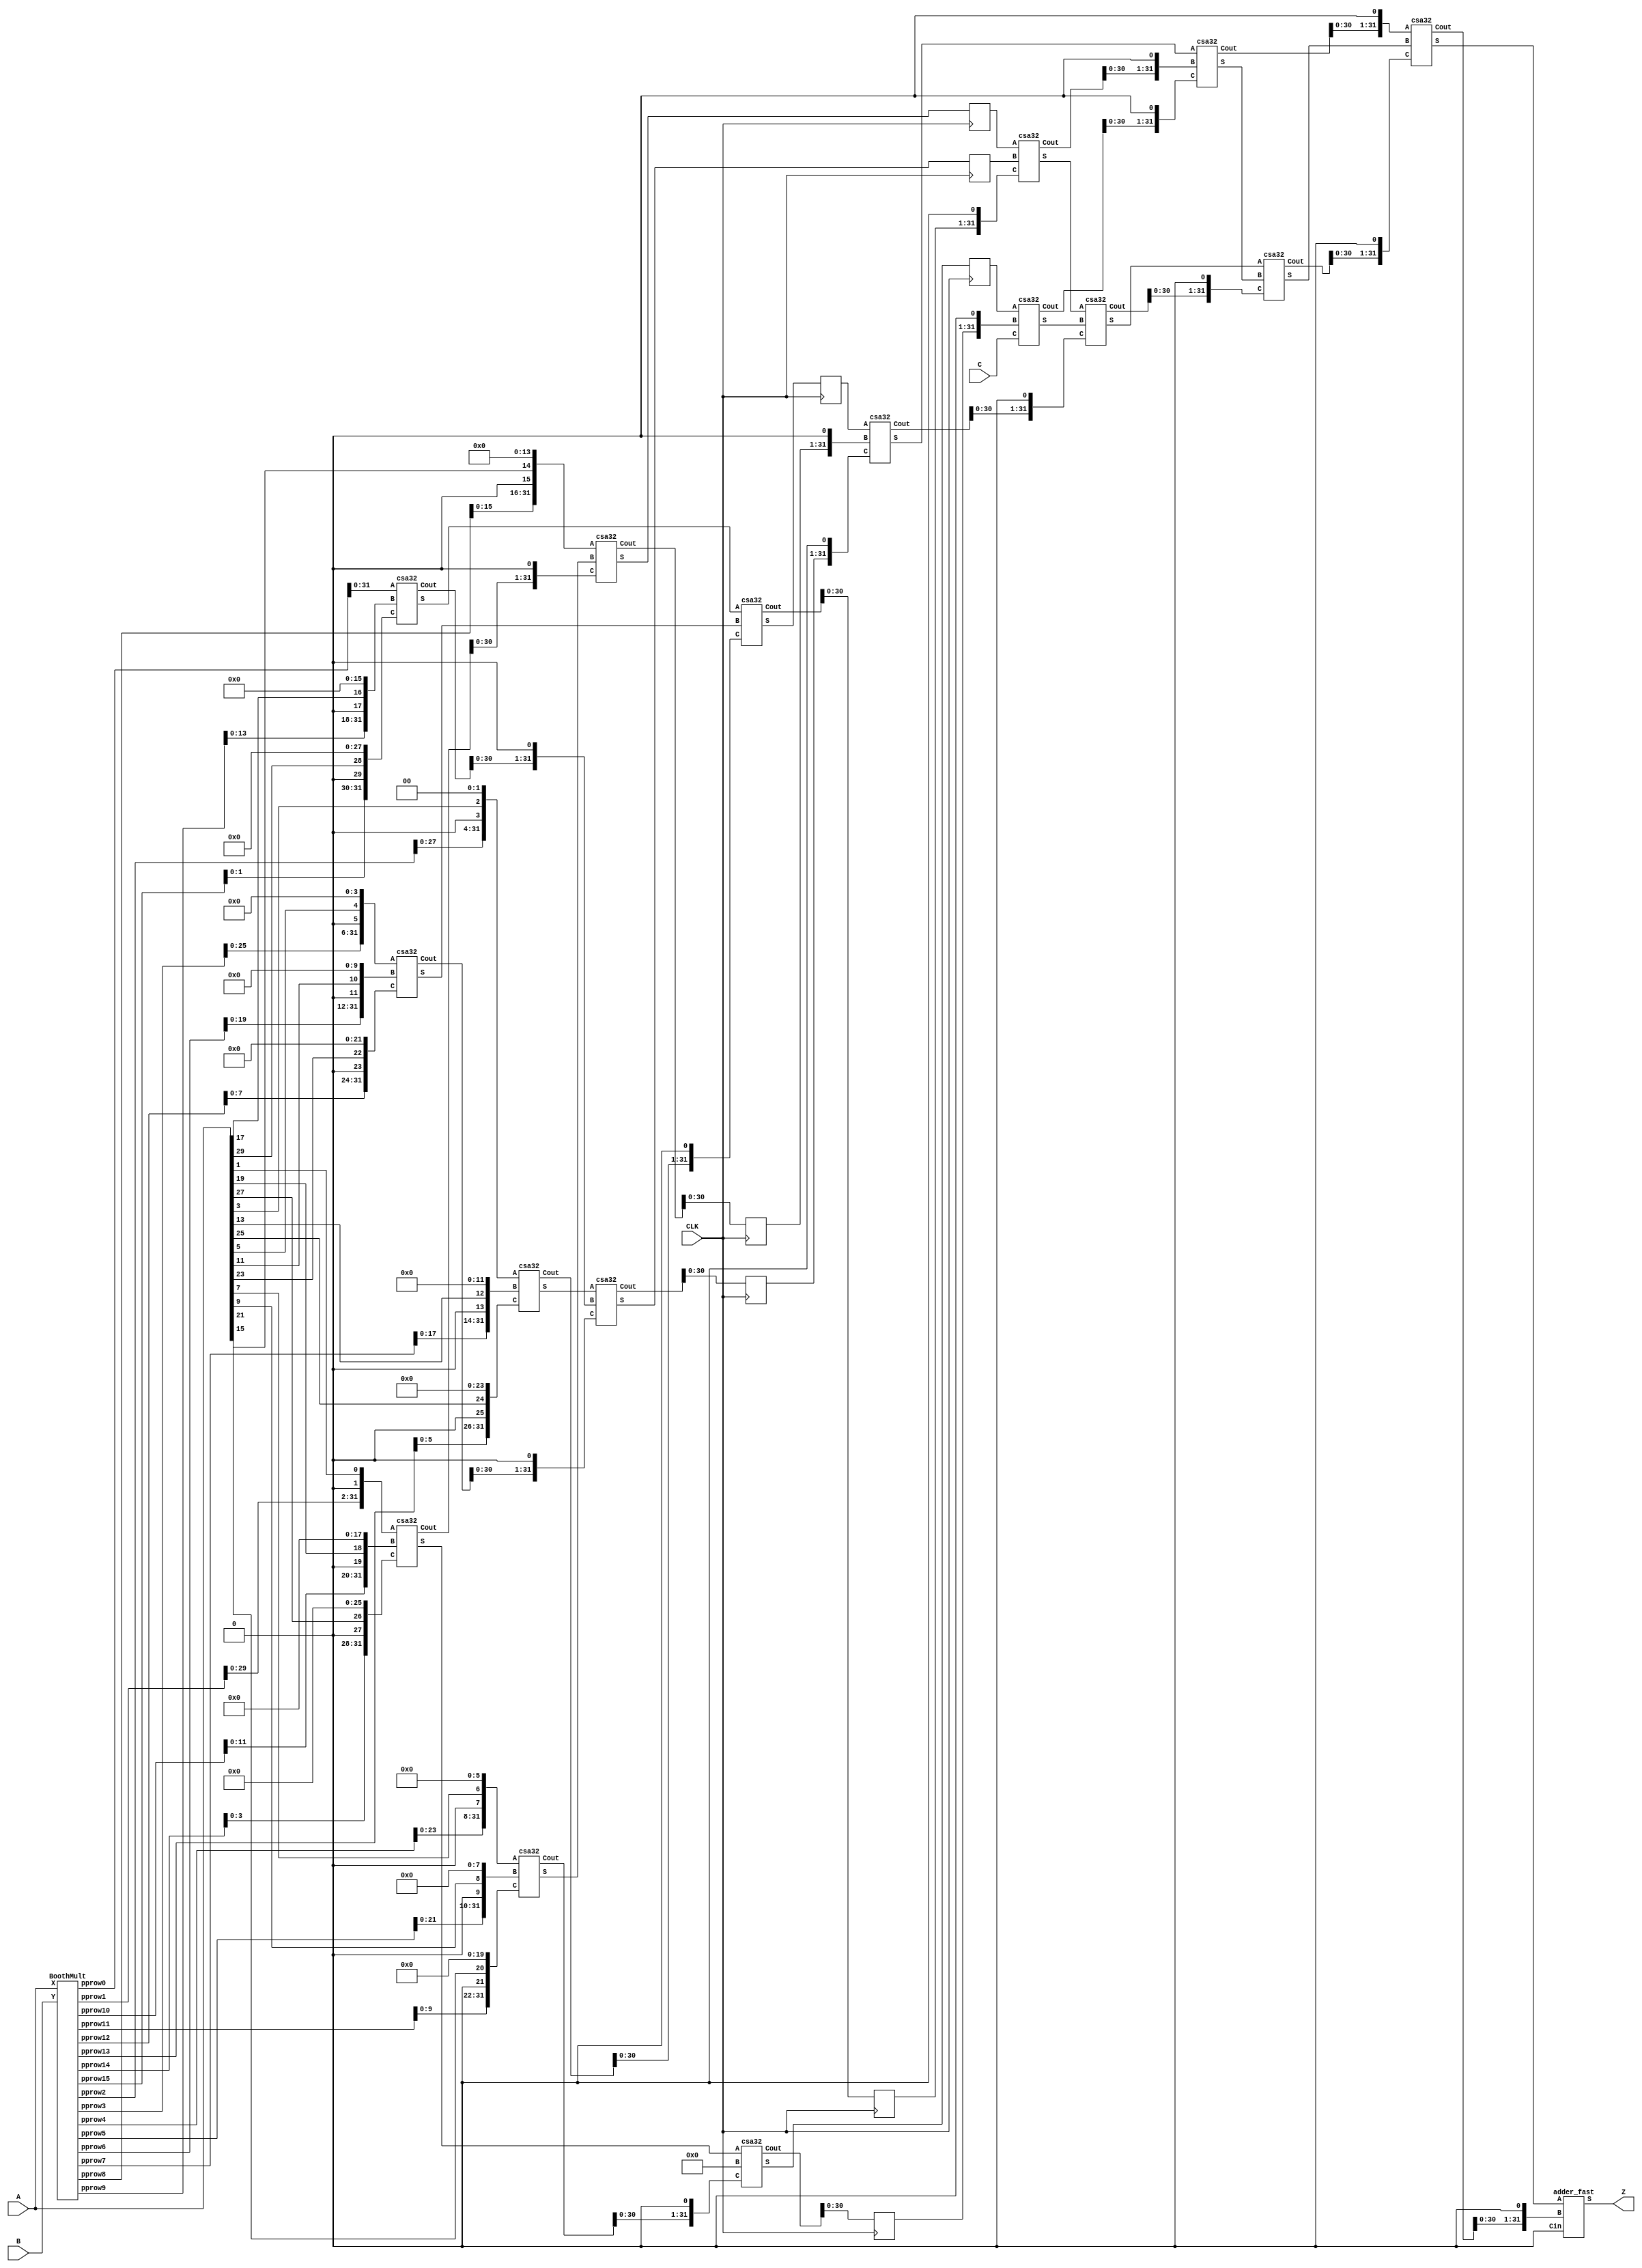
/*
 Top level Multiple Add unit for Mosiac 2 functional unit

 Author: Nathaniel McVicar
 Date: 5/06/2010
*/

module MADD (CLK, A, B, C, Z);

   input         CLK;
   input [31:0]  A;
   input [31:0]  B;
   input [31:0]  C;
   output [31:0] Z;

   wire [35:0]   pprow0, pprow14;
   wire [34:0]   pprow1, pprow2, pprow3, pprow4, pprow5, pprow6, pprow7,
                 pprow8, pprow9, pprow10, pprow11, pprow12, pprow13;
   wire [33:0]   pprow15;

   reg [35:0]    pprow0r, pprow14r;
   reg [34:0]    pprow1r, pprow2r, pprow3r, pprow4r, pprow5r, pprow6r, pprow7r,
                 pprow8r, pprow9r, pprow10r, pprow11r, pprow12r, pprow13r;
   reg [33:0]    pprow15r;
   reg [31:0]    rA, rC;

   // Totally behavioral way of doing things, about 2ns too slow
   //assign Z = (A * B) + C;

   // Get partial product rows
   BoothMult bmul (A, B, pprow0, pprow1, pprow2, pprow3, pprow4, pprow5,pprow6,
                   pprow7, pprow8, pprow9, pprow10, pprow11, pprow12, pprow13,
                   pprow14, pprow15);

   // Register A, C and all the row computations, to compute output
   always @* begin
      rA <= A;
      rC <= C;
   end

   always @* begin
      pprow0r <= pprow0;
      pprow1r <= pprow1;
      pprow2r <= pprow2;
      pprow3r <= pprow3;
      pprow4r <= pprow4;
      pprow5r <= pprow5;
      pprow6r <= pprow6;
      pprow7r <= pprow7;
      pprow8r <= pprow8;
      pprow9r <= pprow9;
      pprow10r <= pprow10;
      pprow11r <= pprow11;
      pprow12r <= pprow12;
      pprow13r <= pprow13;
      pprow14r <= pprow14;
      pprow15r <= pprow15;
   end


   // Add everything up, to produce 32 bit output
   // TODO Replace with compressors and stuff, could be a for loop too
/*   assign Z = rC + pprow0r[31:0] + {pprow1r[29:0], 1'b0, rA[1]} +
              {pprow2r[27:0], 1'b0, rA[3], 2'b0} +
              {pprow3r[25:0], 1'b0, rA[5], 4'b0} +
              {pprow4r[23:0], 1'b0, rA[7], 6'b0} +
              {pprow5r[21:0], 1'b0, rA[9], 8'b0} +
              {pprow6r[19:0], 1'b0, rA[11], 10'b0} +
              {pprow7r[17:0], 1'b0, rA[13], 12'b0} +
              {pprow8r[15:0], 1'b0, rA[15], 14'b0} +
              {pprow9r[13:0], 1'b0, rA[17], 16'b0} +
              {pprow10r[11:0], 1'b0, rA[19], 18'b0} +
              {pprow11r[9:0], 1'b0, rA[21], 20'b0} +
              {pprow12r[7:0], 1'b0, rA[23], 22'b0} +
              {pprow13r[5:0], 1'b0, rA[25], 24'b0} +
              {pprow14r[3:0], 1'b0, rA[27], 26'b0} +
              {pprow15r[1:0], 1'b0, rA[29], 28'b0} +
              {1'b0, rA[31], 30'b0};
 */

   // Carry save tree version
   wire [31:0] sum0, sum1, sum2, sum3, sum4, sum5;
   wire [31:0] cout0, cout1, cout2, cout3, cout4, cout5;

//   csa32 add0 (.A(32'b0/*rC*/), .B({pprow8r[15:0], 1'b0, rA[15], 14'b0}), .C({1'b0, rA[31], 30'b0}), .S(sum0), .Cout(cout0)); // Total bits 50
   assign sum0 = {pprow8r[15:0], 1'b0, rA[15], 14'b0};
   assign cout0 = 32'b0;
   csa32 add1 (.A(pprow0r[31:0]), .B({pprow9r[13:0], 1'b0, rA[17], 16'b0}), .C({pprow15r[1:0], 1'b0, rA[29], 28'b0}), .S(sum1), .Cout(cout1)); // Total bits 51
   csa32 add2 (.A({pprow1r[29:0], 1'b0, rA[1]}), .B({pprow10r[11:0], 1'b0, rA[19], 18'b0}), .C({pprow14r[3:0], 1'b0, rA[27], 26'b0}), .S(sum2), .Cout(cout2)); // Total bits 53
   csa32 add3 (.A({pprow2r[27:0], 1'b0, rA[3], 2'b0}), .B({pprow7r[17:0], 1'b0, rA[13], 12'b0}), .C({pprow13r[5:0], 1'b0, rA[25], 24'b0}), .S(sum3), .Cout(cout3)); // Total bits 55
   csa32 add4 (.A({pprow3r[25:0], 1'b0, rA[5], 4'b0}), .B({pprow6r[19:0], 1'b0, rA[11], 10'b0}), .C({pprow12r[7:0], 1'b0, rA[23], 22'b0}), .S(sum4), .Cout(cout4)); // Total bits 57 
   csa32 add5 (.A({pprow4r[23:0], 1'b0, rA[7], 6'b0}), .B({pprow5r[21:0], 1'b0, rA[9], 8'b0}), .C({pprow11r[9:0], 1'b0, rA[21], 20'b0}), .S(sum5), .Cout(cout5)); // Total bits 59

   // Later stages, sums the 12 outputs from first stage
   wire [31:0] sum6, sum7, sum8, sum9, sum10, sum11, sum12, sum13, sum14, sum15, sum16;
   wire [31:0] cout6, cout7, cout8, cout9, cout10, cout11, cout12, cout13, cout14, cout15, cout16;

   // Stage 2
   csa32 add6 (.A(sum0), .B(sum5), .C({cout2[30:0], 1'b0}), .S(sum6), .Cout(cout6));
   csa32 add7 (.A(sum1), .B(sum4), .C({cout3[30:0], 1'b0}), .S(sum7), .Cout(cout7));
   csa32 add8 (.A(sum2), .B({cout0[30:0], 1'b0}), .C({cout5[30:0], 1'b0}), .S(sum8), .Cout(cout8));
   csa32 add9 (.A(sum3), .B({cout1[30:0], 1'b0}), .C({cout4[30:0], 1'b0}), .S(sum9), .Cout(cout9));

   reg [31:0]  rsum6, rsum7, rsum8, rsum9;
   reg [31:0]  rcout6, rcout7, rcout8, rcout9;
   // Register between stage 2 and stage 3
   always @(posedge CLK) begin
      rsum6 <= sum6;
      rsum7 <= sum7;
      rsum8 <= sum8;
      rsum9 <= sum9;
      rcout6 <= cout6;
      rcout7 <= cout7;
      rcout8 <= cout8;
      rcout9 <= cout9;
   end

   // Stage 3
   csa32 add10 (.A(rsum6), .B(rsum9), .C({rcout7[30:0], 1'b0}), .S(sum10), .Cout(cout10));
   csa32 add11 (.A(rsum7), .B({rcout6[30:0], 1'b0}), .C({rcout9[30:0], 1'b0}), .S(sum11), .Cout(cout11));
   csa32 add12 (.A(rsum8), .B({rcout8[30:0], 1'b0}), .C(rC/*32'b0*/), .S(sum12), .Cout(cout12));

   // Stage 4
   csa32 add13 (.A(sum10), .B(sum12), .C({cout11[30:0], 1'b0}), .S(sum13), .Cout(cout13));
   csa32 add14 (.A(sum11), .B({cout10[30:0], 1'b0}), .C({cout12[30:0], 1'b0}), .S(sum14), .Cout(cout14));

   // Stage 5
   csa32 add15 (.A(sum13), .B(sum14), .C({cout13[30:0], 1'b0}), .S(sum15), .Cout(cout15));

   // Stage 6
   csa32 add16 (.A({cout14[30:0], 1'b0}), .B(sum15), .C({cout15[30:0], 1'b0}), .S(sum16), .Cout(cout16));

   // Final adder
   adder_fast finadd(.A(sum16), .B({cout16[30:0], 1'b0}), .Cin(1'b0), .S(Z));
   
endmodule // MADD

// Generates 2's comp of A, using or -> xor tree
// TODO replace with NOR, INV, NAND version?
module Fast2sComp (A, Z);

   input [31:0]  A;
   output [31:0] Z;

   /*
   wire [31:0]   wOrRes;

   assign wOrRes[0] = 0; // Low bit has nothing to or with
   // Rest of bits just build an or tree, so every bit is ored with all lower
   // TODO If synth tool is dumb, I might have to make a tree here by hand
   assign wOrRes[1] = |A[1:0];
   assign wOrRes[2] = |A[2:0];
   assign wOrRes[3] = |A[3:0];
   assign wOrRes[4] = |A[4:0];
   assign wOrRes[5] = |A[5:0];
   assign wOrRes[6] = |A[6:0];
   assign wOrRes[7] = |A[7:0];
   assign wOrRes[8] = |A[8:0];
   assign wOrRes[9] = |A[9:0];
   assign wOrRes[10] = |A[10:0];
   assign wOrRes[11] = |A[11:0];
   assign wOrRes[12] = |A[12:0];
   assign wOrRes[13] = |A[13:0];
   assign wOrRes[14] = |A[14:0];
   assign wOrRes[15] = |A[15:0];
   assign wOrRes[16] = |A[16:0];
   assign wOrRes[17] = |A[17:0];
   assign wOrRes[18] = |A[18:0];
   assign wOrRes[19] = |A[19:0];
   assign wOrRes[20] = |A[20:0];
   assign wOrRes[21] = |A[21:0];
   assign wOrRes[22] = |A[22:0];
   assign wOrRes[23] = |A[23:0];
   assign wOrRes[24] = |A[24:0];
   assign wOrRes[25] = |A[25:0];
   assign wOrRes[26] = |A[26:0];
   assign wOrRes[27] = |A[27:0];
   assign wOrRes[28] = |A[28:0];
   assign wOrRes[29] = |A[29:0];
   assign wOrRes[30] = |A[30:0];
   assign wOrRes[31] = |A[31:0];
   
   // Final stage, just xor to get result
   assign Z = A ^ wOrRes;
    */
   assign Z = ~A + 1'b1;

endmodule // Fast2sComp

// Modified booth encoder, this isn't really required
module ModBoothEnc (X, one, two, neg);

   input [2:0] X;
   output      one, two, neg;

   assign one = X[0] ^ X[1];
   assign two = ~(one | ~(X[1] ^ X[2]));
   assign neg = X[2];
   
endmodule // ModBoothEnc

// Modified booth encoder, this isn't really required
module ModBoothEncLast (X, posone, negone, postwo, negtwo);

   input [2:0] X;
   output      posone, negone, postwo, negtwo;

   assign posone = ~(~(X[0] ^ X[1]) | X[2]);
   assign negone = ~(~(X[0] ^ X[1]) | ~X[2]);
   assign postwo = ~(~(X[0] & X[1]) | X[2]);
   assign negtwo = ~((X[0] | X[1]) | ~X[2]);

endmodule // ModBoothEncLast

// Partial product generation for norma (not first or last) lines
module PPGenNorm (Y, one, two, neg, pp);

   input [31:0]  Y;
   input         one, two, neg;
   output [34:0] pp;

   wire [32:0]   Yzero;

   genvar        i;

   assign Yzero = {1'b0, Y};

   assign pp[34] = 1'b1;
   assign pp[33] = ~(Y[31] ^ neg) | (~one & ~two & ~neg);
   generate for (i = 1; i <= 32; i = i + 1)
     begin : genpp
        assign pp[i] = ((Yzero[i] & one) | (Yzero[i - 1] & two)) ^ neg;
     end
   endgenerate

   assign pp[0] = (Y[0] & one) ^ neg;

endmodule // PPGenNorm

// First and last are the same as norm, except for the first and last positions
module PPGenFirst (Y, one, two, neg, pp);

   input [31:0]  Y;
   input         one, two, neg;
   output [35:0] pp;

   wire [32:0]   Yzero;

   genvar        i;

   assign Yzero = {1'b0, Y};

   assign pp[35] = ~(Y[31] ^ neg) | (~one & ~two & ~neg);
   assign pp[34] = ~(pp[35]);
   assign pp[33] = ~(pp[35]);
   generate for (i = 1; i <= 32; i = i + 1)
     begin : genpp
        assign pp[i] = ((Yzero[i] & one) | (Yzero[i - 1] & two)) ^ neg;
     end
   endgenerate

   assign pp[0] = (Y[0] & one) ^ neg;

endmodule // PPGenFirst

module PPGenPenult (Y, one, two, neg, pp);
   
   input [31:0]  Y;
   input         one, two, neg;
   output [35:0] pp;

   wire [32:0]   Yzero;

   genvar        i;

   assign Yzero = {1'b0, Y};

   assign pp[35] = 1'b1;
   assign pp[34] = 1'b1;
   assign pp[33] = ~(Y[31] ^ neg) | (~one & ~two & ~neg);
   generate for (i = 1; i <= 32; i = i + 1)
     begin : genpp
        assign pp[i] = ((Yzero[i] & one) | (Yzero[i - 1] & two)) ^ neg;
     end
   endgenerate

   assign pp[0] = (Y[0] & one) ^ neg;

endmodule // PPGenPenult

// Final is the crazy 2's comp one
module PPGenLast (Y, posone, negone, postwo, negtwo, pp);
   
   input [31:0]  Y;
   input         posone, negone, postwo, negtwo;
   output [33:0] pp;

   wire [32:0]   plustwo, plusone, minustwo, minusone;
   wire [31:0]   twoscomp;

   Fast2sComp twoscomper (Y, twoscomp);

   // Mux the possible combinations
   assign plustwo = postwo ? {Y, 1'b0} : 32'b0;
   assign plusone = posone ? {Y[31], Y} : 32'b0;
   assign minustwo = negtwo ? {twoscomp, 1'b0} : 32'b0;
   assign minusone = negone ? {twoscomp[31], twoscomp} : 32'b0;

   assign pp[32:0] = plustwo | plusone | minustwo | minusone;
   assign pp[33] = ~pp[32];

endmodule // PPGenLast

// Combine all partial products into rows (16 total)
module BoothMult (X, Y, pprow0, pprow1, pprow2, pprow3, pprow4, pprow5, pprow6,
                  pprow7, pprow8, pprow9, pprow10, pprow11, pprow12, pprow13,
                  pprow14, pprow15);

   input [31:0]  X, Y;
   output [35:0] pprow0, pprow14;
   output [34:0] pprow1, pprow2, pprow3, pprow4, pprow5, pprow6, pprow7,
                 pprow8, pprow9, pprow10, pprow11, pprow12, pprow13;
   output [33:0] pprow15;

   wire          one0, two0, neg0, one1, two1, neg1, one2, two2, neg2;
   wire          one3, two3, neg3, one4, two4, neg4, one5, two5, neg5;
   wire          one6, two6, neg6, one7, two7, neg7, one8, two8, neg8;
   wire          one9, two9, neg9, one10, two10, neg10, one11, two11, neg11;
   wire          one12, two12, neg12, one13, two13, neg13, one14, two14, neg14;
   wire          posone15, negone15, postwo15, negtwo15;

   // Could replace with generate, but what parts are v-2001???
   ModBoothEnc enc0 ({X[1:0], 1'b0}, one0, two0, neg0);
   ModBoothEnc enc1 (X[3:1], one1, two1, neg1);
   ModBoothEnc enc2 (X[5:3], one2, two2, neg2);
   ModBoothEnc enc3 (X[7:5], one3, two3, neg3);
   ModBoothEnc enc4 (X[9:7], one4, two4, neg4);
   ModBoothEnc enc5 (X[11:9], one5, two5, neg5);
   ModBoothEnc enc6 (X[13:11], one6, two6, neg6);
   ModBoothEnc enc7 (X[15:13], one7, two7, neg7);
   ModBoothEnc enc8 (X[17:15], one8, two8, neg8);
   ModBoothEnc enc9 (X[19:17], one9, two9, neg9);
   ModBoothEnc enc10 (X[21:19], one10, two10, neg10);
   ModBoothEnc enc11 (X[23:21], one11, two11, neg11);
   ModBoothEnc enc12 (X[25:23], one12, two12, neg12);
   ModBoothEnc enc13 (X[27:25], one13, two13, neg13);
   ModBoothEnc enc14 (X[29:27], one14, two14, neg14);
   ModBoothEncLast enc15 (X[31:29], posone15, negone15, postwo15, negtwo15);

   // Generate partial products, again, could use generate, but whatever
   PPGenFirst ppgen0 (Y, one0, two0, neg0, pprow0);
   PPGenNorm ppgen1 (Y, one1, two1, neg1, pprow1);
   PPGenNorm ppgen2 (Y, one2, two2, neg2, pprow2);
   PPGenNorm ppgen3 (Y, one3, two3, neg3, pprow3);
   PPGenNorm ppgen4 (Y, one4, two4, neg4, pprow4);
   PPGenNorm ppgen5 (Y, one5, two5, neg5, pprow5);
   PPGenNorm ppgen6 (Y, one6, two6, neg6, pprow6);
   PPGenNorm ppgen7 (Y, one7, two7, neg7, pprow7);
   PPGenNorm ppgen8 (Y, one8, two8, neg8, pprow8);
   PPGenNorm ppgen9 (Y, one9, two9, neg9, pprow9);
   PPGenNorm ppgen10 (Y, one10, two10, neg10, pprow10);
   PPGenNorm ppgen11 (Y, one11, two11, neg11, pprow11);
   PPGenNorm ppgen12 (Y, one12, two12, neg12, pprow12);
   PPGenNorm ppgen13 (Y, one13, two13, neg13, pprow13);
   PPGenPenult ppgen14 (Y, one14, two14, neg14, pprow14);
   PPGenLast ppgen15 (Y, posone15, negone15, postwo15, negtwo15, pprow15);

endmodule // BoothMult

module adder_fast (A, B, Cin, S);

   input [31:0]  A, B;
   input         Cin;
   output [31:0] S;

   assign S = A + B;
   
endmodule // adder_fast

module csa (A, B, C, S, Cout);

   input  A, B, C;
   output S, Cout;
   
   assign S = A ^ B ^ C;
   assign Cout = (A & B) | (A & C) | (B & C);

endmodule // csa

module csa32 (A, B, C, S, Cout);

   input [31:0]  A, B, C;
   output [31:0] S, Cout;
   
   assign S = A ^ B ^ C;
   assign Cout = (A & B) | (A & C) | (B & C);

endmodule // csa32